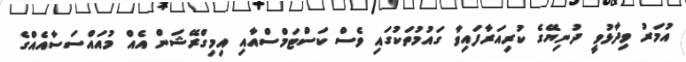
އުމަރު ވިދާޅުވީ ދުނިޔޭގެ ކުރިއަރާފައިވާ ގައުމުތަކުގައި ވެސް ކަސްޓަމްސްއާއި އިމިގްރޭޝަން އެއް މުއައްސަސާއެއްގެ